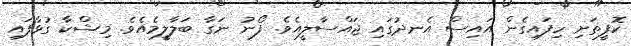
ކޮފީތަށި ހިފައިގެން އައިސް އެނދުގައި ޖައްސާލީއެވެ. ފޯނު ނަގާ ބަލާލީމެއެވެ. މިޝްކާ ގުޅާފައި